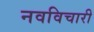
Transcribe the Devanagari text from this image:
नवविचारी